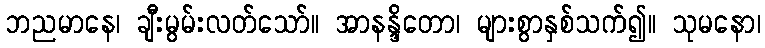
ဘညမာနေ၊ ချီးမွမ်းလတ်သော်။ အာနန္ဒိတော၊ များစွာနှစ်သက်၍။ သုမနော၊